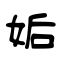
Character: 姤